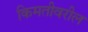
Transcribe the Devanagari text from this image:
किमतीवरील